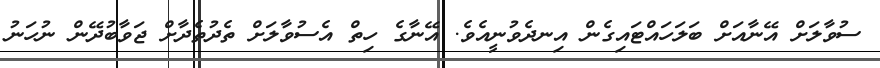
ސުވާލަށް އޭނާއަށް ބަލަހައްޓައިގެން އިނދެވުނީއެވެ. އޭނާގެ ހިތް އެސުވާލަށް ތެދުތެދާށް ޖަވާބުދޭން ނުހަނު